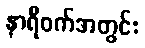
နာရီဝက်အတွင်း